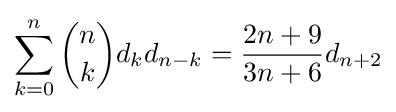
\sum _{k=0}^{n}{n \choose k}d_{k}d_{n-k}={\frac {2n+9}{3n+6}}d_{n+2}